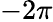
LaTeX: -2\pi